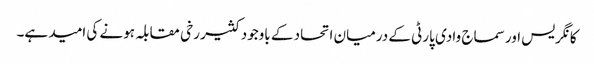
کانگریس اور سماج وادی پارٹی کے درمیان اتحاد کے باوجود کثیر رخی مقابلہ ہونے کی امید ہے۔